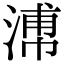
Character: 𣹷